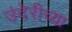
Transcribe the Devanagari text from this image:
उंदेरीच्या